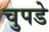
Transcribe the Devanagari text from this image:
चुपडे